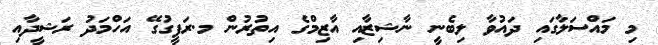
މި މައްސަލާގައި ދައުވާ ލިބެނީ ނާޝިޒާއި އާޒިމްގެ އިތުރުން މ.ރަފީގުގޭ އަހްމަދު ރަޝީދާއި